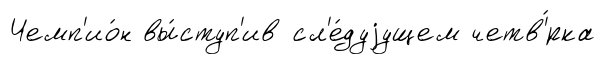
Чемп'ио́н вы́ступ'ив сл'е́дуjущем четв'́рка